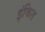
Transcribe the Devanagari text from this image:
इंकित